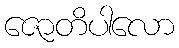
ဇောတိပါလော